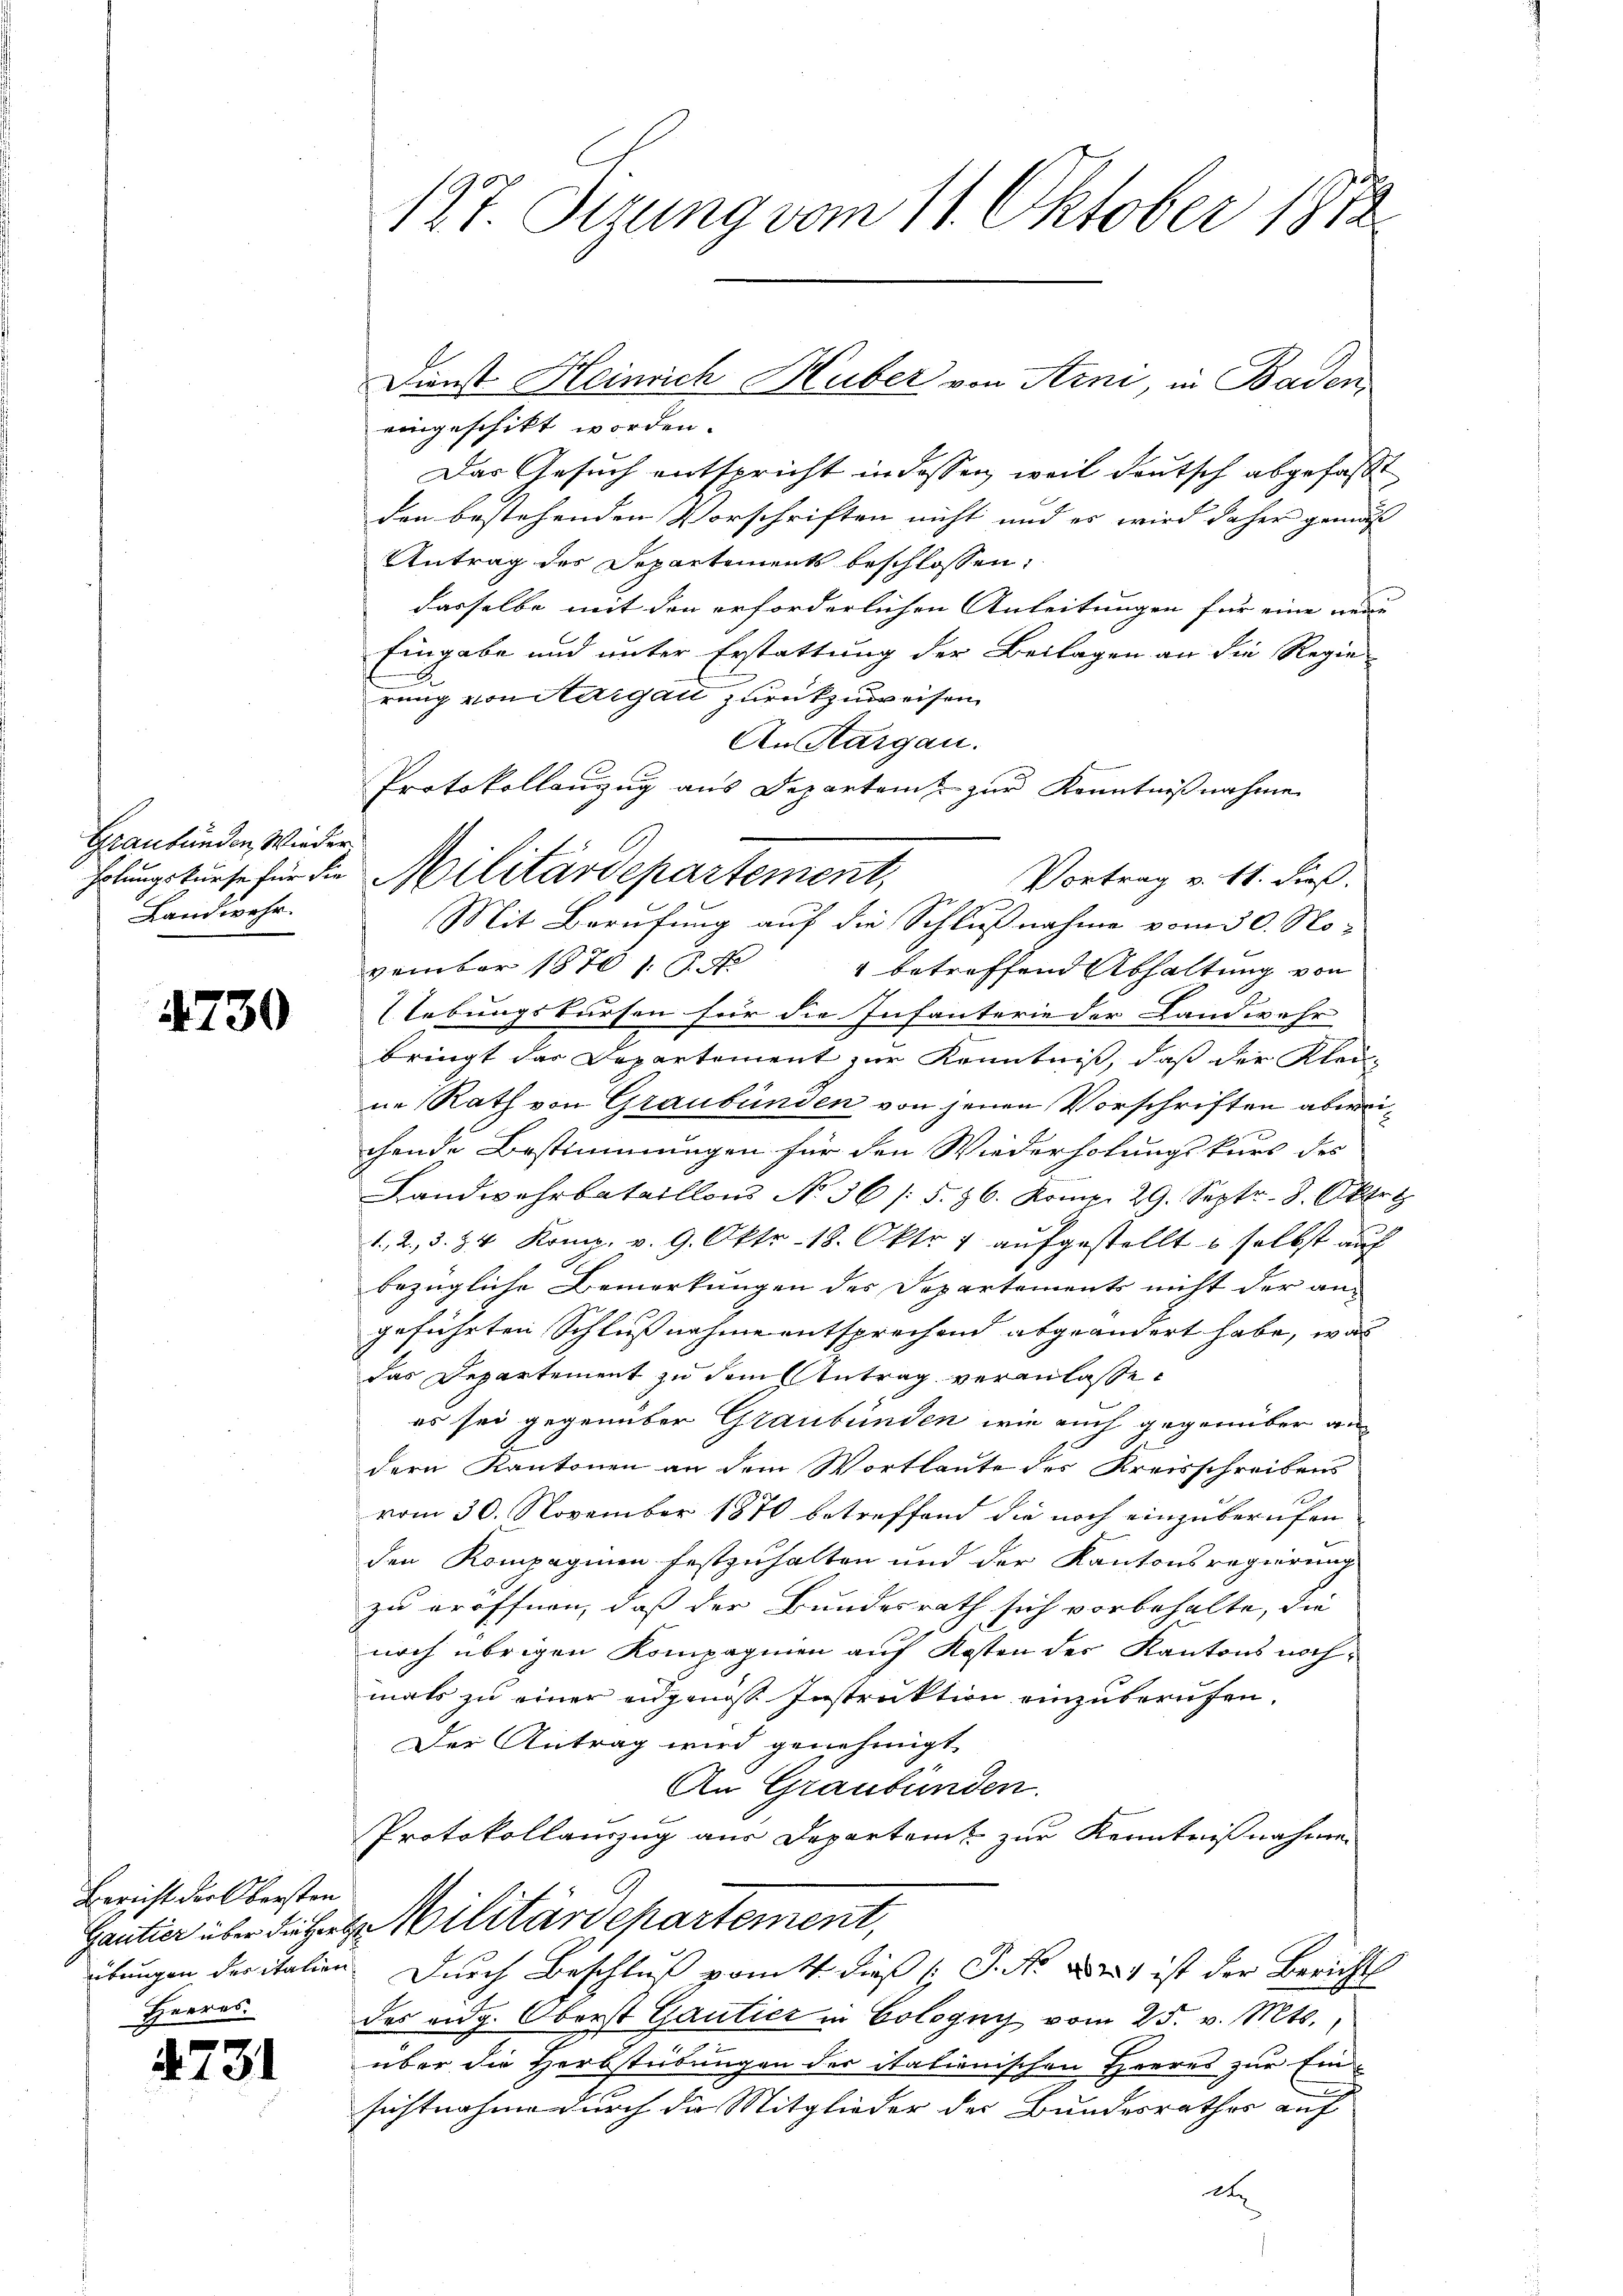
Graubünden Wieder
Landwehr.

4730

ih

Bericht der Obersten
Gantier über die Horg
Herres.

31

127. Sizung vom 11. Oktober 1872

eingeschikt worden.
Das Gesuch entspricht in dassen, weil deutsch abgefaßt
den bestehenden Vorschriften nicht und es wird daher gemäss |
Antrag des Departements beschlossen:
dasselbe mit den erforderlichen Anleitungen für eine neue
Eingabe und unter Erstattung der Beilagen an die Regie
rung von Aargau zurückzuweisen
An Aargau.
Protokollanzug aus Departamt zur Kenntnißnahmen
holungskurse für die Militärdepartement,
Vortrag v. 11. dieß.
Je
Mit Berufung auf die Schlußnahme vom 30. No-
vember 1870 1. P. F.
4 betreffend Abhaltung von
lebungskursen für die Infanterie der Landwehr
bringt das Departement zur Kenntniß, daß der Klein
ne Rath von Graubünden von jenen Vorschriften abereichende Bestimmungen für den Wiederholungskurs des
Landwehrbataillons No 36 /: 5. 86. Komp. 29. Septr. 8. Oktrt
1., 2. §. 34. Komp. v. 9. Oktr. 18. Okt. 1 aŭfgestellt u selbst auf
bezügliche Bemerkungen des Departements nicht der an-
geführten Schlußnahme entsprechend abgeändert habe, was
das Departement zu dem Antrag veranlassen
es sei gegenüber Graubünden wie auch gegenüber an
dern Kantonen an dem Wortlaute der Kreisschreibens
vom 30. November 1870 betreffend die noch einzuberufen
den Kompagnien festzuhalten und der Kantonsregierung
zu eröffnen, daß der Bundesrath sich vorbehalte, die
noch übrigen Kompagnien auf Kosten des Kantons nochmals zu einer angenis Instruktion einzuberufen.
Der Antrag wird genehmigt.
Au Graubünden.
Protokollauszug aus Departamt zur Kenntnißnahmen
Militärdepartement,
übungen der italien. Durch Beschluß pomit dieß (S. Nr. 1 ist der Bericht
des eidg. Oberst Gautier in Cologus vom 25. v. Mts.,
über die Herbstübungen der italienischen Heeres zur Einsichtnahme durch die Mitglieder der Bundesrathes auf
de

Dienst Heinrich Huber von Aini, in Baden,